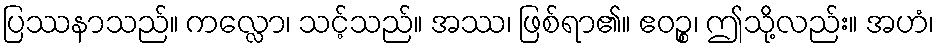
ပြဿနာသည်။ ကလ္လော၊ သင့်သည်။ အဿ၊ ဖြစ်ရာ၏။ ဧဝဉ္စ၊ ဤသို့လည်း။ အဟံ၊